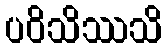
ပဝိသိဿသိ